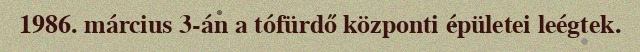
1986. március 3-án a tófürdő központi épületei leégtek.